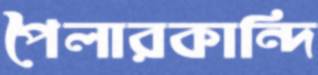
পৈলারকান্দি